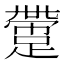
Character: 䠠